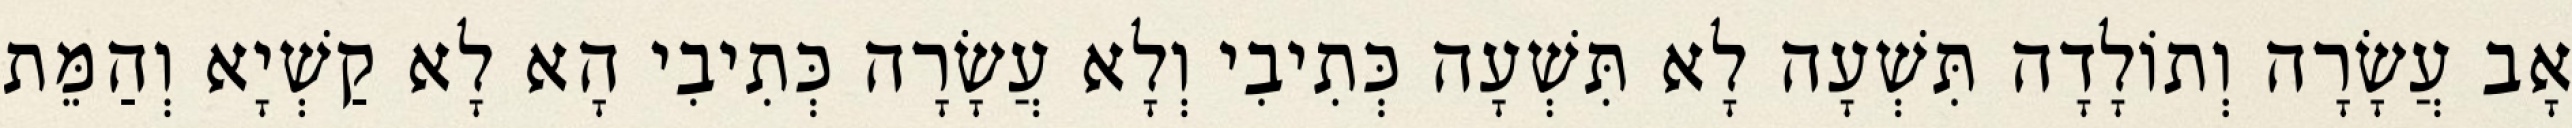
אָב עֲשָׂרָה וְתוֹלָדָה תִּשְׁעָה לָא תִּשְׁעָה כְּתִיבִי וְלָא עֲשָׂרָה כְּתִיבִי הָא לָא קַשְׁיָא וְהַמֵּת